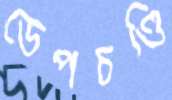
ডেপচণ্ডি